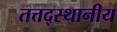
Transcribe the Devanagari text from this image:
तत्तद्स्थानीय